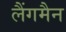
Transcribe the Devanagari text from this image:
लैंगमैन